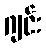
ဂျင်း